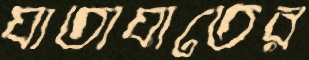
যাতাযাতের